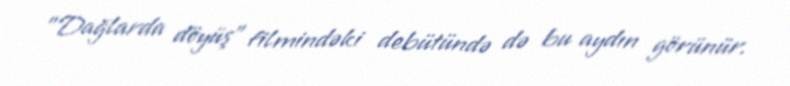
"Dağlarda döyüş" filmindəki debütündə də bu aydın görünür.